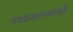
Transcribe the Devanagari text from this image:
उपप्रधानमन्त्री